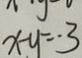
x - y = 3